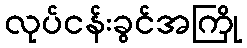
လုပ်ငန်းခွင်အကြို